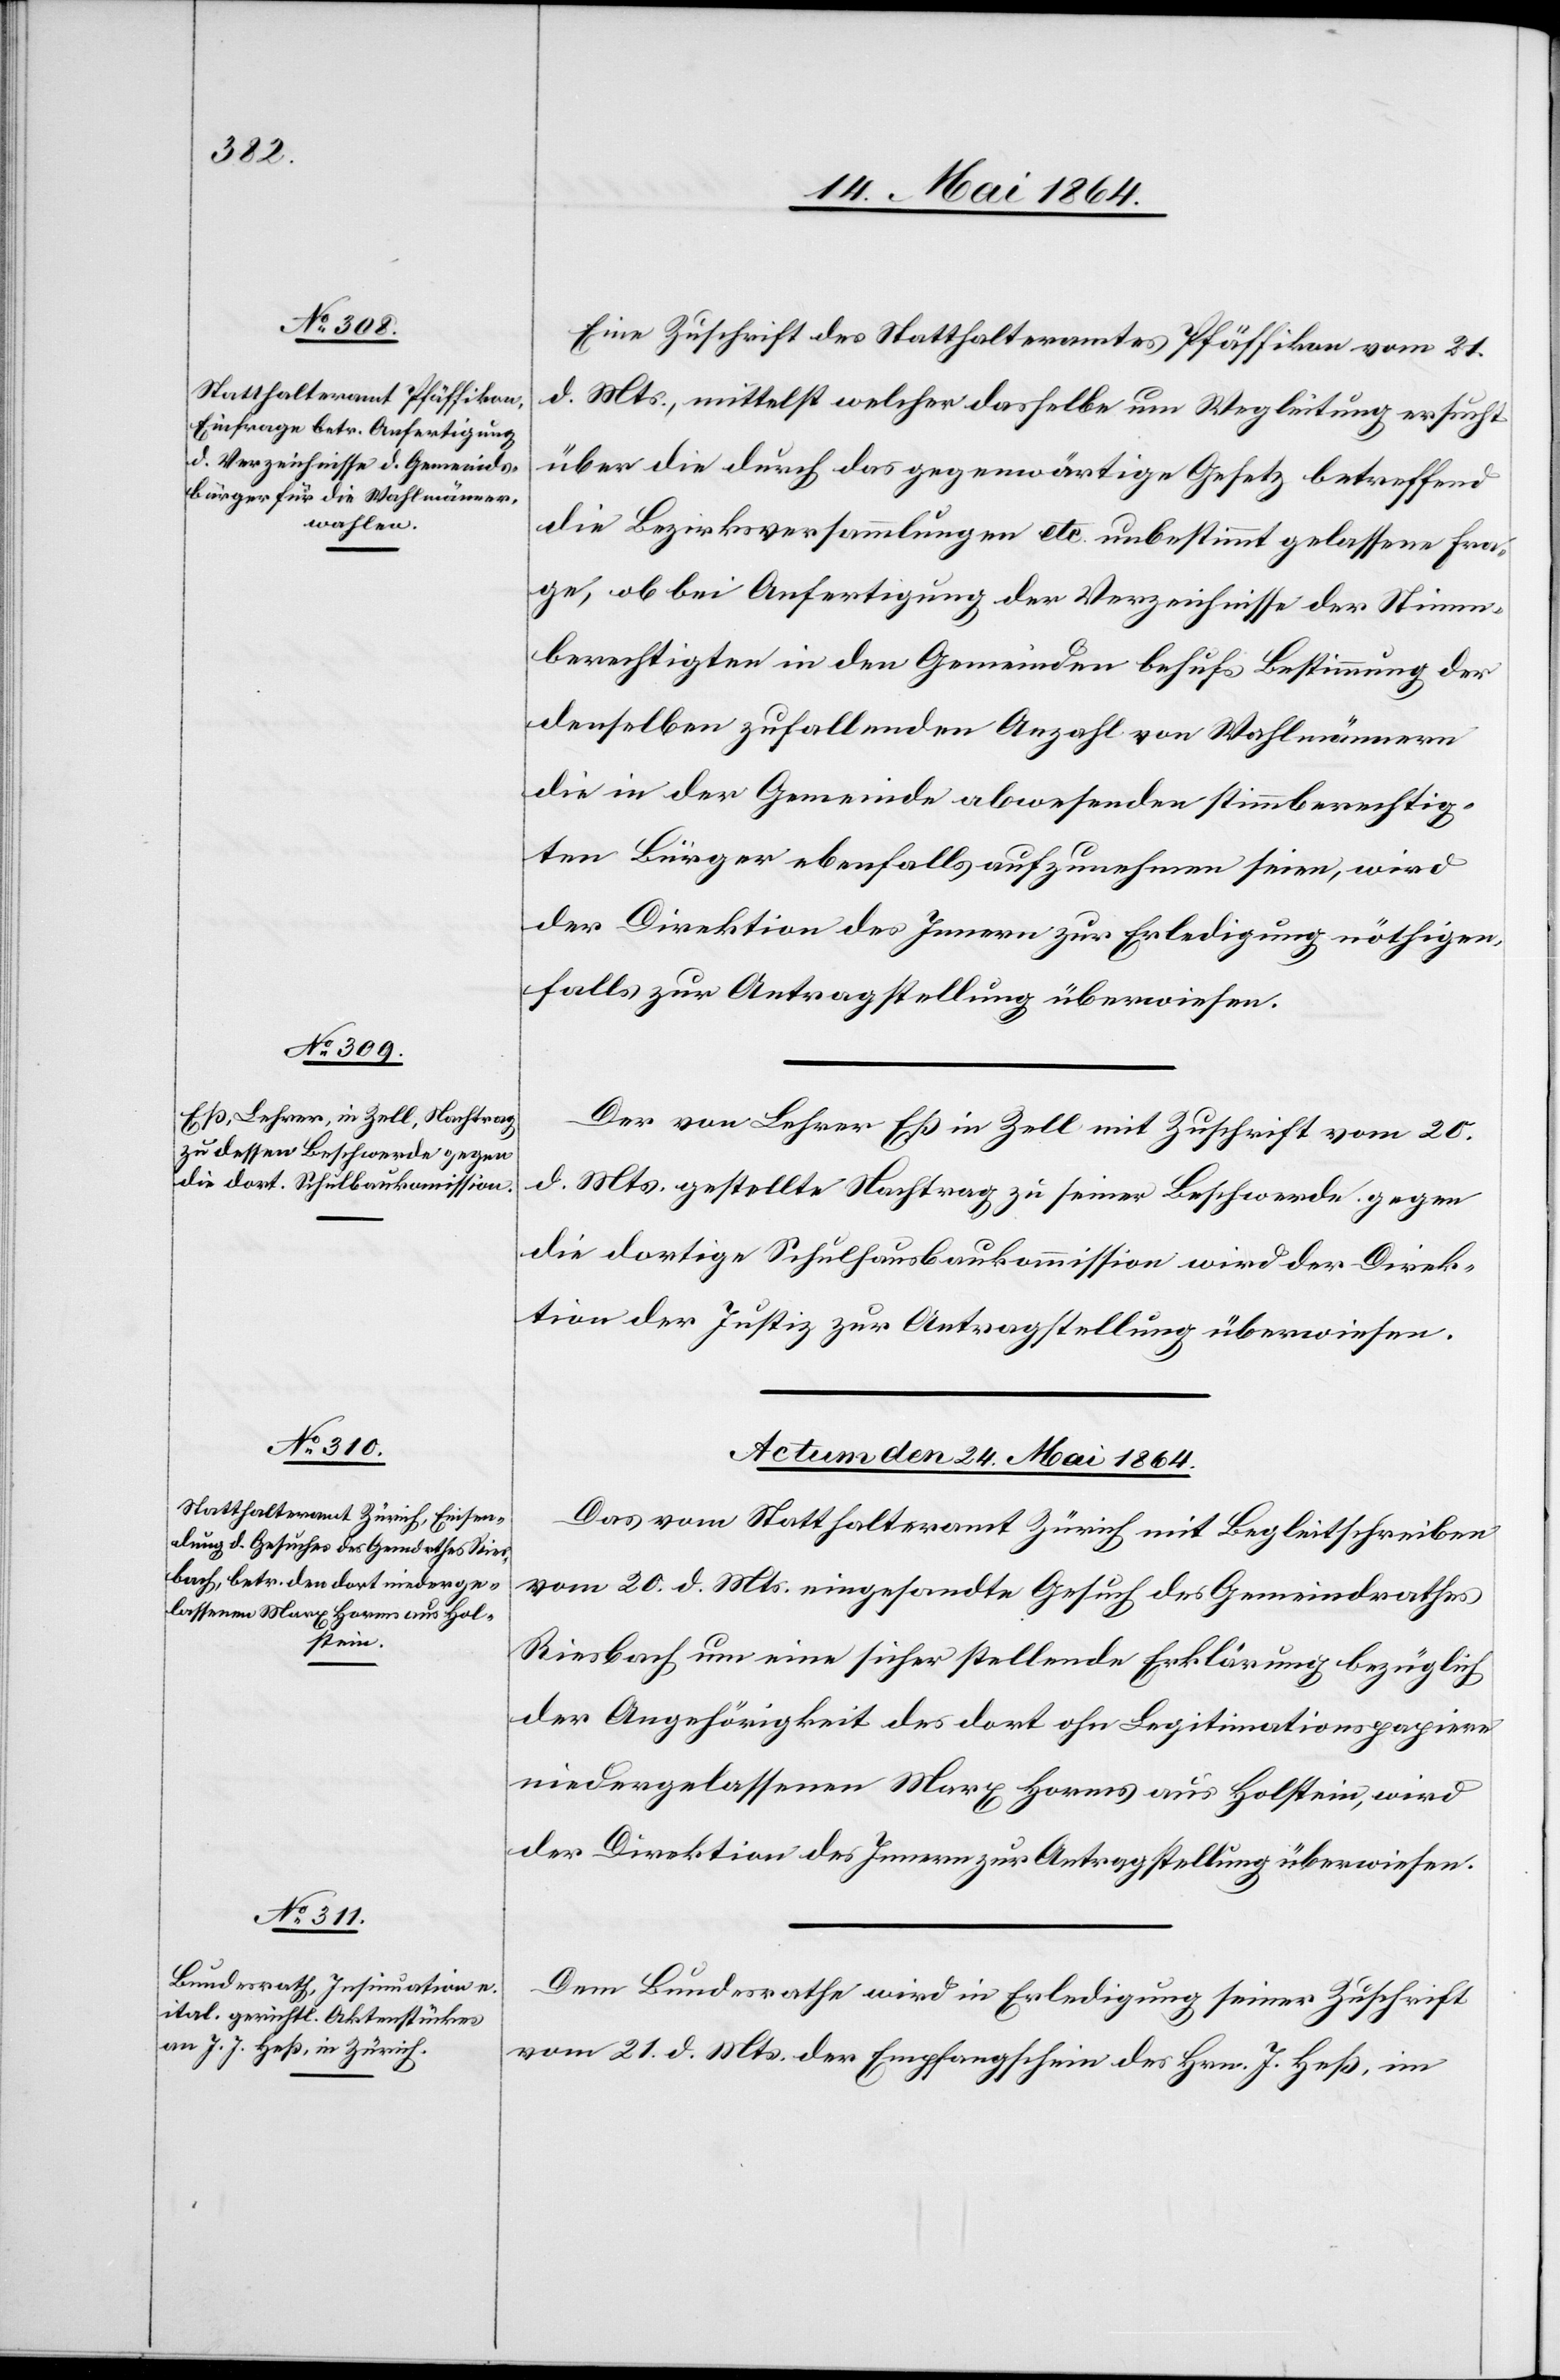
Eine Zuschrift des Statthalteramtes Pfäffikon vom 21.
d. Mts., mittelst welcher dasselbe um Wegleitung ersucht
über die durch das gegenwärtige Gesetz betreffend
die Bezirksversammlungen etc. unbestimmt gelassene Fra¬
ge, ob bei Anfertigung der Verzeichnisse der Stimm¬
berechtigten in den Gemeinden behufs Bestimmung der
denselben zufallenden Anzahl von Wahlmännern
die in der Gemeinde abwesenden stimmberechtig¬
ten Bürger ebenfalls aufzunehmen seien, wird
der Direktion des Innern zur Erledigung[,] nöthigen¬
falls zur Antragstellung überwiesen.
Der von Lehrer Eß in Zell mit Zuschrift vom 20.
d. Mts. gestellte Nachtrag zu seiner Beschwerde gegen
die dortige Schulhausbaukommission wird der Direk¬
tion der Justiz zur Antragstellung überwiesen.
Actum den 24. Mai 1864.]
Das vom Statthalteramt Zürich mit Begleitschreiben
vom 20. d. Mts. eingesandte Gesuch des Gemeindrathes
Riesbach um eine sicher stellende Erklärung bezüglich
der Angehörigkeit des dort ohn[e] Legitimationspapiere
niedergelassenen Marx Horms aus Holstein, wird
der Direktion des Innern zur Antragstellung überwiesen.
Dem Bundesrathe wird in Erledigung seiner Zuschrift
vom 21. d. Mts. der Empfangschein des Hrn. J. Heß, im